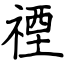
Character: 禋